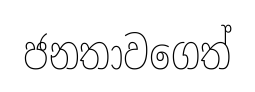
ජනතාවගෙත්